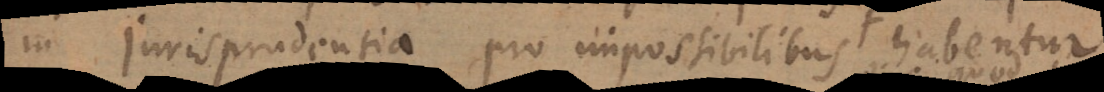
in jurisprudentia pro impossibilibus habentur.